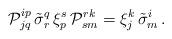
LaTeX: \begin{align*}{\cal P}_{jq}^{ip}\,\tilde{\sigma}^q_r\,\xi ^s_p\,{\cal P}_{sm}^{rk}=\xi ^k_j\,\tilde{\sigma}^i_m\,. \end{align*}